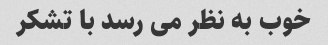
خوب به نظر می رسد با تشکر